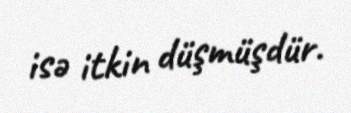
isə itkin düşmüşdür.